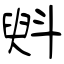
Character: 斞